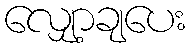
လျှော့ချပေး